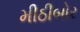
મીઠીબોર